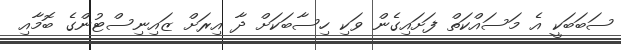
ސަބަބަކީ އެ މަސައްކަތް ފަށައިގެން ވަކި ހިސާބަކަށް ދާ އިރަށް ޒައިނިސްޓުންގެ ބޮމާއި